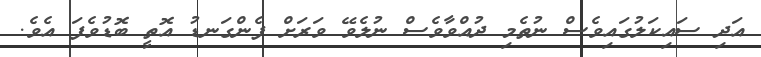
އަދި ސައިކަލުގައިވެސް ނުތެމި ދުއްވާވެސް ނުލެވޭ ވަރަށް ފެންގަނޑު އޮތީ ބޮޑުވެފަ އެވެ.